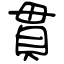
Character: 貫